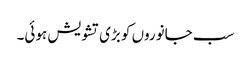
سب جانوروں کو بڑی تشویش ہوئی۔